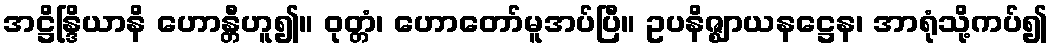
အဋ္ဌိန္ဒြိယာနိ ဟောန္တီဟူ၍။ ဝုတ္တံ၊ ဟောတော်မူအပ်ပြီ။ ဥပနိဇ္ဈာယနဋ္ဌေန၊ အာရုံသို့ကပ်၍